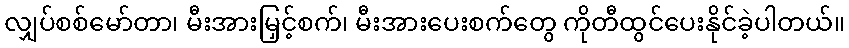
လျှပ်စစ်မော်တာ၊ မီးအားမြှင့်စက်၊ မီးအားပေးစက်တွေ ကိုတီထွင်ပေးနိုင်ခဲ့ပါတယ်။